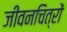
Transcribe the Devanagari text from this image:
जीवनचित्रों